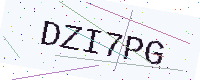
Text: DZI7PG